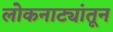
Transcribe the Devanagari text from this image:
लोकनाट्यांतून